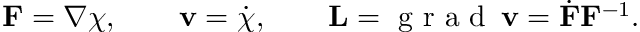
{ \bf F } = \nabla \boldsymbol { \chi } , \qquad { \bf v } = \dot { \boldsymbol { \chi } } , \qquad { \bf L } = \mathrm { ~ g ~ r ~ a ~ d ~ } \, { \bf v } = \dot { { \bf F } } { \bf F } ^ { - 1 } .